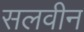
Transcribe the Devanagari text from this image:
सलवीन